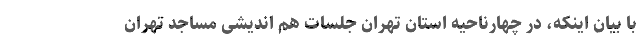
با بیان اینکه، در چهارناحیه استان تهران جلسات هم اندیشی مساجد تهران